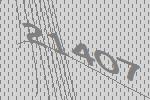
21407